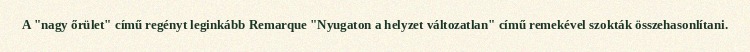
A "nagy őrület" című regényt leginkább Remarque "Nyugaton a helyzet változatlan" című remekével szokták összehasonlítani.